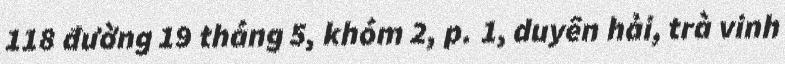
118 đường 19 tháng 5, khóm 2, p. 1, duyên hải, trà vinh